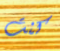
كنت